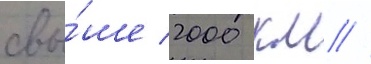
свы́ше 2000 км //